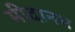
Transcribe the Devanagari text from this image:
मीदानम